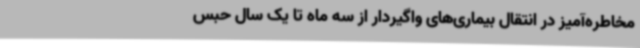
مخاطره‌آمیز در انتقال بیماری‌های واگیردار از سه ماه تا یک سال حبس